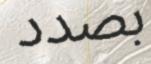
بصدد